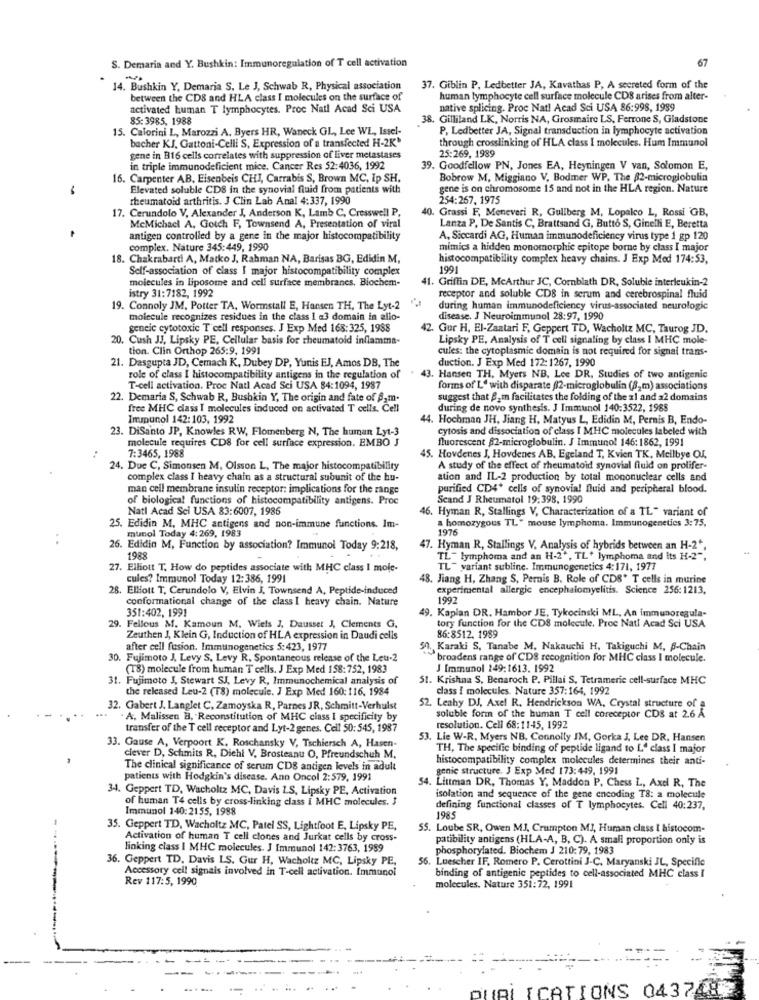
S. Demaria and Y. Bushkin: Immunoregulation of T cell activation
14. Bushkin Y, Demaria S. Le J, Schwab R, Physical association
37. Giblin P, Ledbetter JA, Kavathas P, A secreted form of the
between the CDS and HLA class I molecules on the surface of
human lymphocyte cell surface molecule CDS arises from alter-
activated human T lymphocytes. Proc Natl Acad Sci USA
native splicing. Proc Natl Acad Sci USA 86:998, 1989
85: 3985, 1988
38. Gilliland LK, Norris NA, Grosmaire LS, Ferrone S, Gladstone
15. Calorini L, Marozzi A. Byers HR, Waneck GL, Lee WL, Issel-
P, Ledbetter JA, Signal transduction in lymphocyte activation
bacher KJ, Gattoni-Celli S, Expression of a transfected H-2K'
through crosslinking of HLA class I molecules. Hum Immunol
25:269, 1989
gene in B16 cells correlates with suppression of liver metastases
in triple immunodeficient mice. Cancer Res 52:4036, 1992
39. Goodfellow PN, Jones EA, Heyningen V van, Solomon E,
16. Carpenter AB, Eisenbeis CHI, Carrabis S, Brown MC, Ip SH,
Bobrow M, Miggiano V, Bodmer WP, The 82-microglobulin
-
Elevated soluble CDS in the synovial fluid from patients with
gene is on chromosome 15 and not in the HLA region. Nature
rheumatoid arthritis. J Clin Lab Anal 4:337, 1990
254:267, 1975
17. Cerundolo V. Alexander J, Anderson K, Lamb C, Cresswell P,
40. Grassi F, Meneveri R, Gullberg M, Lopalco L, Rossi GB,
McMichael A. Gotch F, Townsend A, Presentation of viral
Lanza P, De Santis C, Brattsand G, Butto S, Ginelli E, Beretta
antigen controlled by a gene in the major histocompatibility
A, Siccardi AG, Human immunodeficiency virus type 1 gp 120
complex. Nature 345:449, 1990
mimics a hidden monomorphic epitope borne by class I major
18. Chakrabarti A, Matko J, Rahman NA, Barisas BG, Edidin M,
histocompatibility complex heavy chains. J Exp Med 174:53,
Self-association of class I major histocompatibility complex
1991
molecules in liposome and cell surface membranes. Biochem-
41. Griffin DE, McArthur JC, Cornblath DR, Soluble interleukin-2
istry 31:7182, 1992
receptor and soluble CD8 in serum and cerebrospinal fluid
19. Connoly JM, Potter TA, Wormstall E, Hansen TH, The Lyt-2
during human immunodeficiency virus-associated neurologic
molecule recognizes residues in the class 1 a3 domain in allo-
disease. J Neuroimmunol 28:97, 1990
geneic cytotoxic T cell responses. J Exp Med 168:325, 1988
2. Gur H, El-Zaatari F, Geppert TD, Wacholtz MC, Taurog JD.
20. Cush JJ, Lipsky PE, Cellular basis for rheumatoid inflamma-
Lipsky PE, Analysis of T cell signaling by class I MHC mole-
tion. Clin Orthop 265:9, 1991
cules: the cytoplasmic domain is not required for signal trans-
duction. J Exp Med 172: 1267, 1990
21. Dasgupta JD, Cemach K, Dubey DP, Yunis EJ, Amos DB, The
role of class I histocompatibility antigens in the regulation of
43. Hansen TH. Myers NB, Lee DR, Studies of two antigenic
T-cell activation. Proc Natl Acad Sci USA 84:1094, 1987
forms of L' with disparate 02-microglobulin (82m) associations
22. Demaria S, Schwab R, Bushkin Y, The origin and fate of S.m.
suggest that 82 m facilitates the folding of the al and a2 domains
free MHC dass I molecules induced on activated T cells. Cell
during de novo synthesis. J Immunol 140:3522, 1988
Immunol 142:103, 1992
44. Hochman JH, Jiang H. Matyus L, Edidin M, Pernis B, Endo-
23. DiSanto JP, Knowles RW, Flomenberg N, The human Lyt-3
cytosis and dissociation of class I MHC molecules labeled with
molecule requires CD8 for cell surface expression. EMBO J
fluorescent 82-microglobulin. J Immunol 146:1862, 1991
7:3465, 1988
45. Hovdenes J, Hovdenes AB, Egeland T, Kvien TK, Mellbye OJ,
24. Due C, Simonsen M, Olsson L, The major histocompatibility
A study of the effect of rheumatoid synovial fluid on prolifer-
complex class I heavy chain as a structural subunit of the hu-
ation and IL-2 production by total mononuclear cells and
man cell membrane insulin receptor: implications for the range
purified CD4* cells of synovial fluid and peripheral blood.
of biological functions of histocompatibility antigens. Proc
Scand J Rheumatol 19:398, 1990
Natl Acad Sci USA 83:6007, 1986
16. Hyman R, Stallings V, Characterization of a TL" variant of
a homozygous TL" mouse lymphoma. Immunogenetics 3:75,
25. Edidin M, MHC antigens and non-immune functions. Im-
1976
munol Today 4:269, 1983
26. Edidin M, Function by association? Immunol Today 9:218,
47. Hyman R, Stallings V. Analysis of hybrids between an H-2",
1988
TL- lymphoma and an H-2', TL' lymphoma and its H-2".
27. Elliott T. How do peptides associate with MHC class I mole-
TL- variant subline. Immunogenetics 4:171, 1977
cules? Immunol Today 12:386, 1991
48. Jiang H, Zhang S, Pernis B. Role of CDS* T cells in murine
28. Elliott T, Cerundolo V, Elvin J. Townsend A, Peptide-induced
experimental allergic encephalomyelitis. Science 256: 1213,
conformational change of the class I heavy chain. Nature
1992
351:402, 1991
49. Kaplan DR. Hambor JE, Tykocinski ML, An immunoregula-
tory function for the CDS molecule. Proc Natl Acad Sci USA
29. Fellous M. Kamoun M, Wiels J, Dausset J, Clements G,
Zeuthen J, Klein G, Induction of HLA expression in Daudi cells
86:8512. 1989
after cell fusion. Immunogenetics 5:423, 1977
50. Karaki S, Tanabe M, Nakauchi H. Takiguchi M. B-Chain
30. Fujimoto J, Levy S. Levy R. Spontaneous release of the Leu-2
broadens range of CDS recognition for MHC class I molecule.
(18) molecule from human T cells. J Exp Med 158:752, 1983
J Immunol 249:1613. 1992
31. Fujimoto J, Stewart SJ, Levy R, Immunochemical analysis of
51. Krishna S, Benaroch P. Pillai S, Tetrameric cell-surface MHC
the released Leu-2 (T8) molecule. J Exp Med 160: 116, 1984
class { molecules. Nature 357:164, 1992
32. Gabert J. Langlet C, Zamoyska R, Parnes JR, Schmitt-Verhulst
52. Leahy DJ, Axel R. Hendrickson WA. Crystal structure of a
A, Malissen B, Reconstitution of MHC class I specificity by
soluble form of the human T cell coreceptor CDS at 26 A
transfer of the T cell receptor and Lyt-2 genes. Cell 50: 545, 1987
resolution. Cell 68:1145, 1992
53. Lie W-R, Myers NB, Connolly IM, Gorka J, Lee DR. Hansen
33. Gause A, Verpoort K. Roschansky V, Tschiersch A, Hasen-
TH, The specific binding of peptide ligand to L" class I major
clever D, Schmits R, Diehl V. Brosteanu O, Pfreundschuh M.
histocompatibility complex molecules determines their anti-
The clinical significance of serum CDS antigen levels in adult
genic structure. J Exp Med 173:449, 1991
patients with Hodgkin's disease. Ann Oncol 2:579, 1991
. Littman DR, Thomas Y, Maddon P. Chess L, Axe R, The
34. Geppert TD, Wacholtz MC, Davis LS, Lipsky PE, Activation
of human T4 cells by cross-linking class [ MHC molecules. J
isolation and sequence of the gene encoding TS: a molecule
Immunol 140:2155, 1988
defining functional classes of T lymphocytes. Cell 40:237,
1985
35. Geppert TD, Wacholtz MC, Patel SS, Lightfoot E, Lipsky PE,
55. Loube SR, Owen MJ. Crumpton MJ, Human class I histocom-
Activation of human T cell clones and Jurkat cells by cross-
patibility antigens (HLA-A, B, C). A small proportion only is
linking class I MHC molecules. J Immunol 142: 3763, 1989
phosphorylated. Biochem J 210: 79, 1983
36. Geppert TD. Davis LS. Gur H, Wacholtz MC, Lipsky PE,
56. Luescher IF, Romero P. Cerottini J-C, Maryanski JL, Specifie
Accessory cell signais involved in T-cell activation. Immunol
Rev 117:5, 1990
binding of antigenic peptides to cell-associated MHC class I
molecules. Nature 351:72, 1991
UBI ICATIONS 043748;